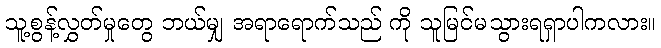
သူ့စွန့်လွှတ်မှုတွေ ဘယ်မျှ အရာရောက်သည် ကို သူမြင်မသွားရရှာပါကလား။